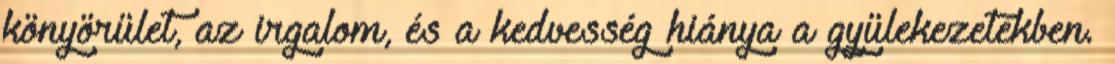
könyörület, az irgalom, és a kedvesség hiánya a gyülekezetekben.